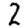
Digit: 2